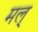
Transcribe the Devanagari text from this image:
मल्